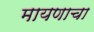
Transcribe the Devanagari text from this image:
मायणाचा